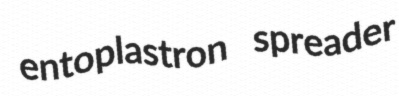
entoplastron spreader